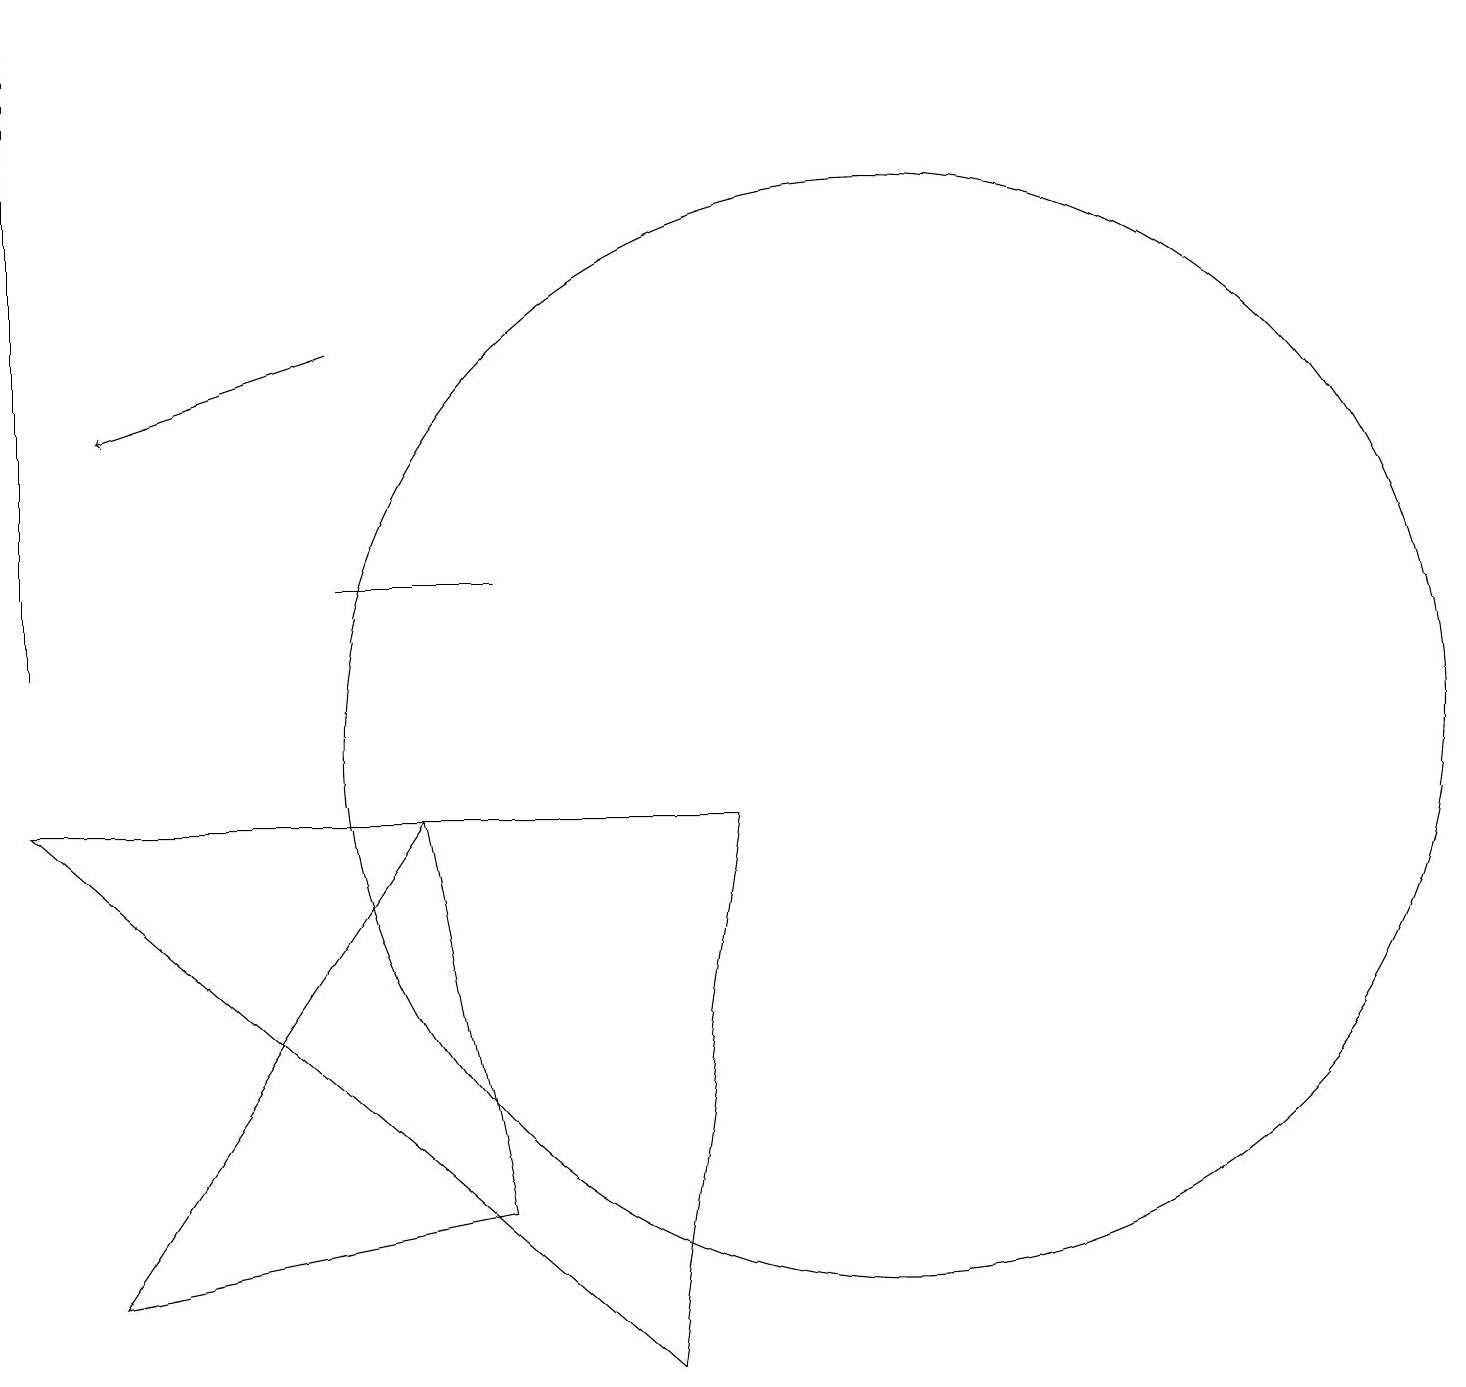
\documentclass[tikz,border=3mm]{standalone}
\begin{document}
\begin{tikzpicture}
\draw[->] (4,15) -- (1,14);
\draw (6,12) rectangle (4,12);
\draw (11,10) circle (7);
\draw (1,3) -- (6,4) -- (5,9) -- cycle;
\draw (0,9) -- (9,9) -- (8,2) -- cycle;
\draw (0,19) rectangle (0,11);
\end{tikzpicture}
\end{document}